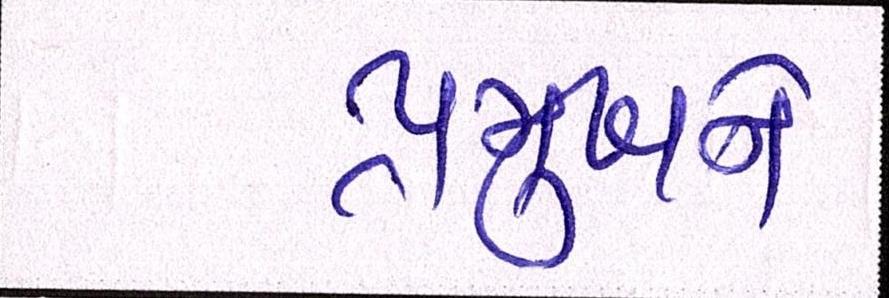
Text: પ્રમુખને